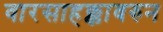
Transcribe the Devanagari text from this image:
वारसाहक्कावरुन